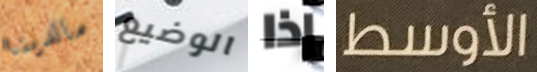
مالدينا الوضيع إذا الأوسط